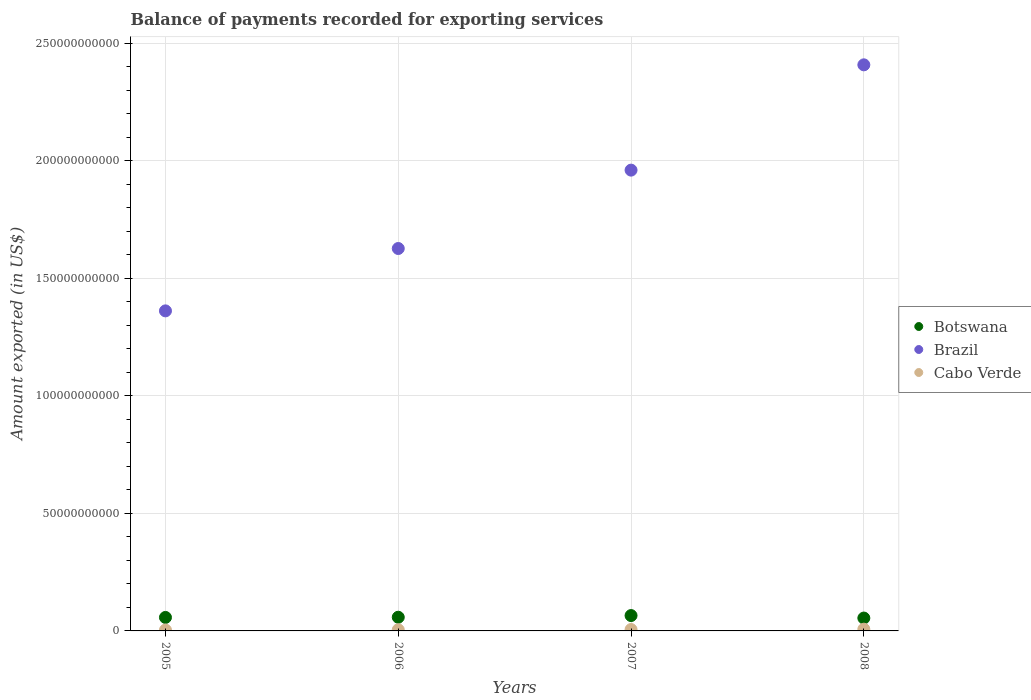
| Years | Botswana | Brazil | Cabo Verde |
 | --- | --- | --- | --- |
 | 2005 | 5.74e+09 | 1.36e+11 | 3.73e+08 |
 | 2006 | 5.82e+09 | 1.63e+11 | 4.91e+08 |
 | 2007 | 6.54e+09 | 1.96e+11 | 5.93e+08 |
 | 2008 | 5.47e+09 | 2.41e+11 | 7.38e+08 |